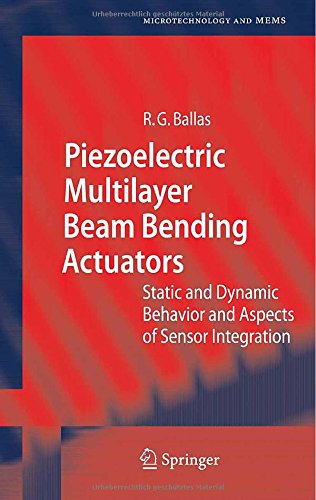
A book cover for Piezoelectric Multilayer Beam Bending Actuators: Static and Dynamic Behavior and Aspects of Sensor Integration (Microtechnology and MEMS); RÃ¼diger G. Ballas; Science & Math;